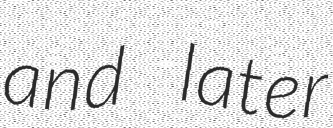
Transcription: and later